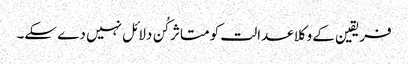
فریقین کے وکلا عدالت کو متاثر کُن دلائل نہیں دے سکے۔